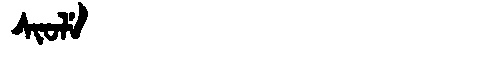
Manchu: ᠰᡳᠣᠯᡝ
Romanization: SIOLE